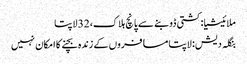
ملائیشیا: کشتی ڈوبنے سے پانچ ہلاک، 32 لاپتا
بنگلہ دیش: لاپتا مسافروں کے زندہ بچنے کا امکان نہیں